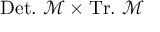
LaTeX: \ \mathrm { D e t . } \ \mathcal { M } \times \mathrm { T r . } \ \mathcal { M }